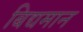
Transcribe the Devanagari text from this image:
बिद्यमान